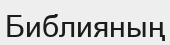
Библияның